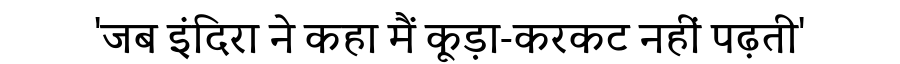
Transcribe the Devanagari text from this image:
'जब इंदिरा ने कहा मैं कूड़ा-करकट नहीं पढ़ती'